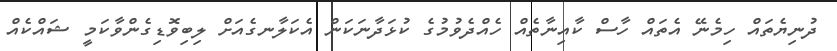
ދުނިޔެތައް ހިމެނޭ އެތައް ހާސް ކާއިނާތެއް ހެއްދެވުމުގެ ކުޅަދާނަކަން އެކަލާނގެއަށް ލިބިވޮޑިގެންވާކަމީ ޝައްކެއް